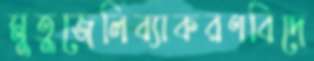
মুতুজেলিব্যাকরণবিদে